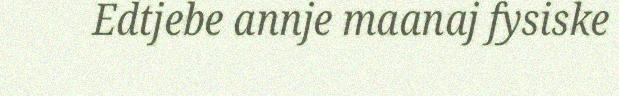
Edtjebe annje maanaj fysiske